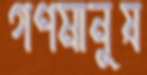
গণমানুষ